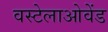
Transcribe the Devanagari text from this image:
वस्टेलाओवेंड